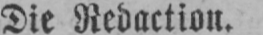
Die Redaction.